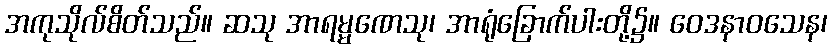
အကုသိုလ်စိတ်သည်။ ဆသု အာရမ္မဏေသု၊ အာရုံခြောက်ပါးတို့၌။ ဝေဒနာဝသေန၊